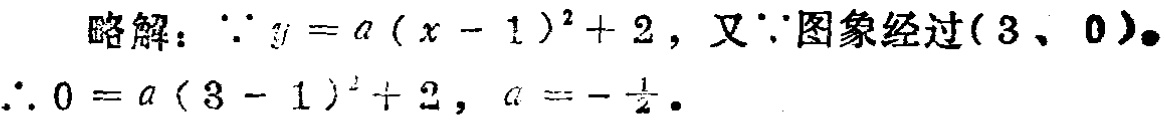
略解：\(\because y = a(x - 1)^2 + 2\)，又\(\because\)图象经过\((3,0)\)。
\(\therefore 0 = a(3 - 1)^2 + 2\)，\(a = -\frac{1}{2}\)。